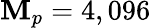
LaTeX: \mathbf{M}_{p}=4,096